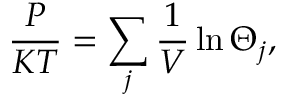
\frac { P } { K T } = \sum _ { j } \frac { 1 } { V } \ln \Theta _ { j } ,